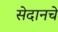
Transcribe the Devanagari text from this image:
सेदानचे